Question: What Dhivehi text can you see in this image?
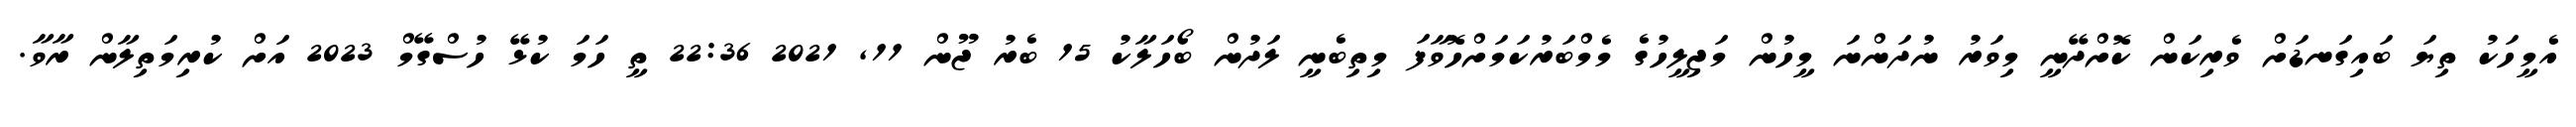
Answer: އެމީހަކު ތިޔަ ބައިގަނޑަށް ވެރިކަން ކޮށްދޭނީ މިވަރު ނުދަންނަ މީހުން މަޖިލީހުގެ މެމްބަރުކަމަށްހޮވާފަ މިތިބެނީ ލަދުން ބޯހަލާކު 15 ބެރު ޖޫން 11, 2021 22:36 ތީ ހަމަ ކުޅޭ ހުސްގޭމް 2023 އަށް ކުރިމަތިލާން ރާވާ.